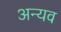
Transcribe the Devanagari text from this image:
अन्यव